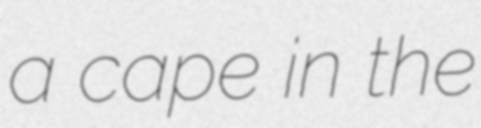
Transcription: a cape in the